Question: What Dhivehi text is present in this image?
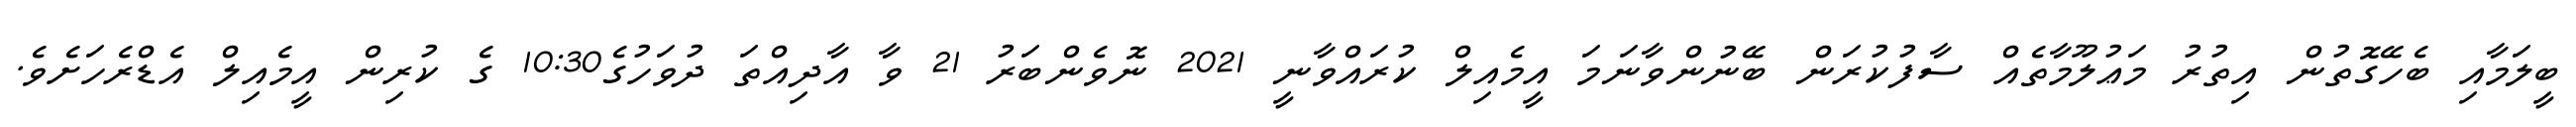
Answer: ބީލަމާއި ބެހޭގޮތުން އިތުރު މަޢުލޫމާތެއް ސާފުކުރަން ބޭނުންވާނަމަ އީމެއިލް ކުރައްވާނީ 2021 ނޮވެންބަރު 21 ވާ އާދިއްތަ ދުވަހުގެ10:30 ގެ ކުރިން އީމެއިލް އެޑްރެހަށެވެ.